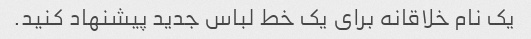
یک نام خلاقانه برای یک خط لباس جدید پیشنهاد کنید.